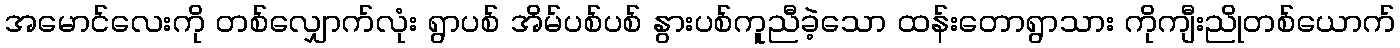
အမောင်လေးကို တစ်လျှောက်လုံး ရွာပစ် အိမ်ပစ်ပစ် နွားပစ်ကူညီခဲ့သော ထန်းတောရွာသား ကိုကျီးညိုတစ်ယောက်